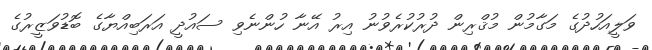
ވަލީއަހުދުގެ މަގާމުން މުޤްރިން ދުރުކުރެވުނު އިރު އޭނާ ހުންނެވި ސައުދީ އަރަބިއްޔާގެ ބޮޑުވަޒީރުގެ